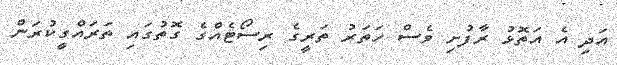
އަދި އެ އަތޮޅު ރާފުށި ވެސް ހަތަރު ތަރީގެ ރިސޯޓެއްގެ ގޮތުގައި ތަރައްގީކުރަން